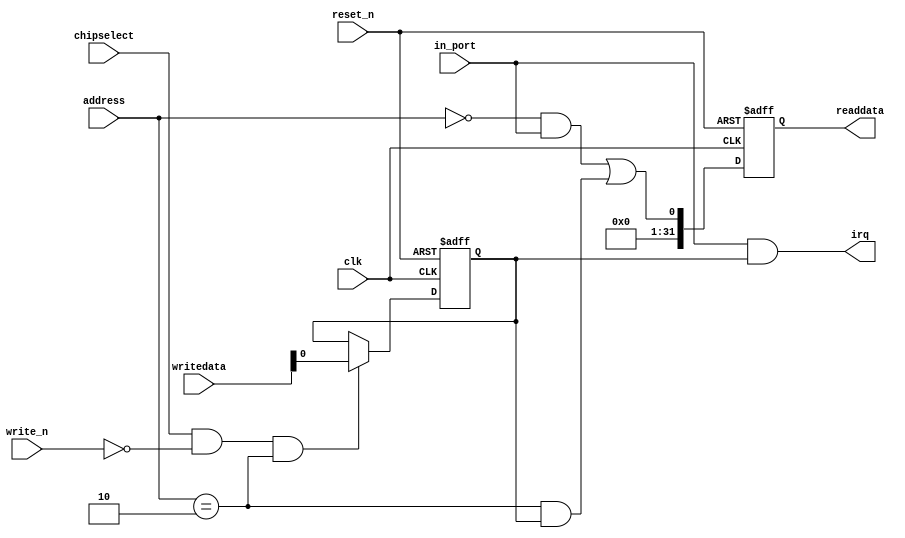
module nios_tester_pio_0 (
                            address,
                            chipselect,
                            clk,
                            in_port,
                            reset_n,
                            write_n,
                            writedata,
                            irq,
                            readdata
                         )
;
  output           irq;
  output  [ 31: 0] readdata;
  input   [  1: 0] address;
  input            chipselect;
  input            clk;
  input            in_port;
  input            reset_n;
  input            write_n;
  input   [ 31: 0] writedata;
wire             clk_en;
wire             data_in;
wire             irq;
reg              irq_mask;
wire             read_mux_out;
reg     [ 31: 0] readdata;
  assign clk_en = 1;
  assign read_mux_out = ({1 {(address == 0)}} & data_in) |
    ({1 {(address == 2)}} & irq_mask);
  always @(posedge clk or negedge reset_n)
    begin
      if (reset_n == 0)
          readdata <= 0;
      else if (clk_en)
          readdata <= {32'b0 | read_mux_out};
    end
  assign data_in = in_port;
  always @(posedge clk or negedge reset_n)
    begin
      if (reset_n == 0)
          irq_mask <= 0;
      else if (chipselect && ~write_n && (address == 2))
          irq_mask <= writedata;
    end
  assign irq = |(data_in      & irq_mask);
endmodule